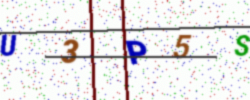
Text: U3P5S